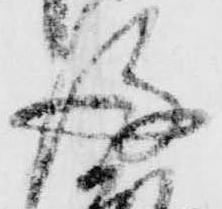
後